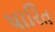
પારિત